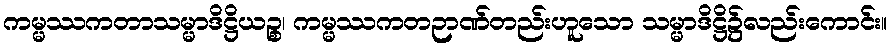
ကမ္မဿကတာသမ္မာဒိဋ္ဌိယဉ္စ၊ ကမ္မဿကတဉာဏ်တည်းဟူသော သမ္မာဒိဋ္ဌိ၌လည်းကောင်း။